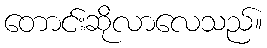
တောင်းဆိုလာလေသည်။